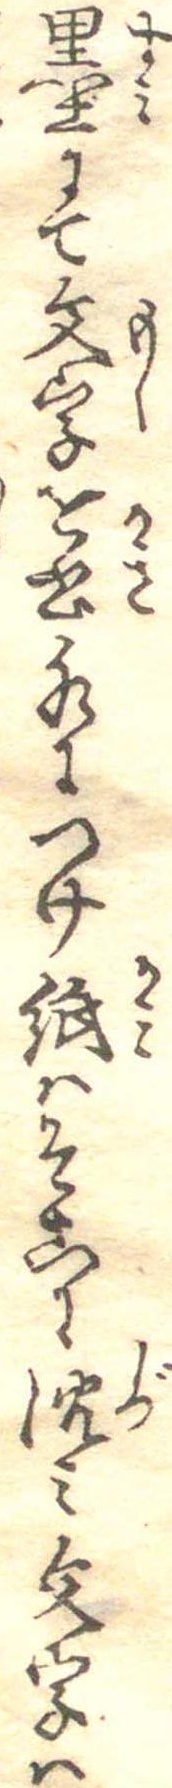
墨にて文字を書水につけ紙はそこに沈み文字は